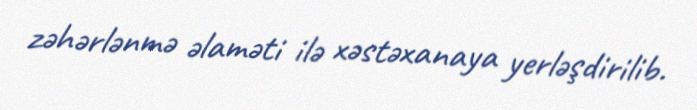
zəhərlənmə əlaməti ilə xəstəxanaya yerləşdirilib.